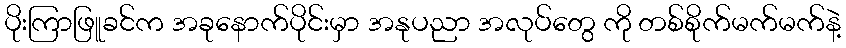
ပိုးကြာဖြူခင်က အခုနောက်ပိုင်းမှာ အနုပညာ အလုပ်တွေ ကို တစ်စိုက်မက်မက်နဲ့